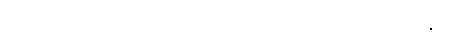
သုသီမ၊ သုသီမ။ ဘဝပစ္စယာ၊ ဖြစ်ခြင်းဟူသော အကြောင်းကြောင့်။ ဇာတိ၊